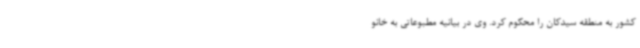
کشور به منطقه سیدکان را محکوم کرد. وی در بیانیه‌ مطبوعاتی به خانو